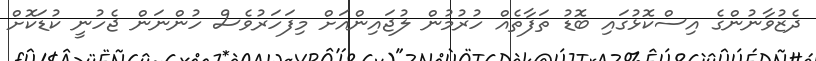
ދެޒުވާނުންގެ އިސްކޮޅުގައި ބޮޑު ތަފާތެއް ހުރުމުން ލުޖައިންއަށް މިފަހަރުވެސް ހުންނަން ޖެހުނީ ކުޑަކޮށް